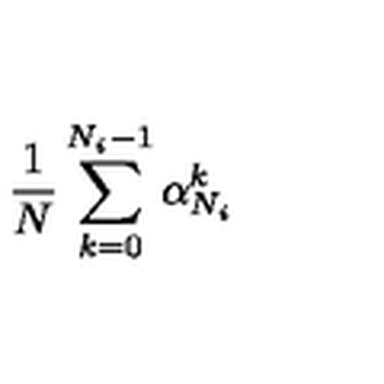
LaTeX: { \frac { 1 } { N } } \sum _ { k = 0 } ^ { N _ { i } - 1 } \alpha _ { N _ { i } } ^ { k }